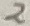
Text: 2